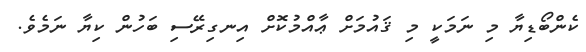
ކެންބޯޑިޔާ މި ނަމަކީ މި ޤައުމަށް ޢާއްމުކޮށް އިނގިރޭސި ބަހުން ކިޔާ ނަމެވެ.